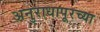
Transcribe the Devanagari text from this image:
अनुराधापूरच्या